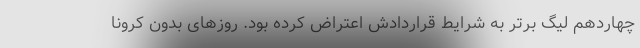
چهاردهم لیگ برتر به شرایط قراردادش اعتراض کرده بود. روزهای بدون کرونا